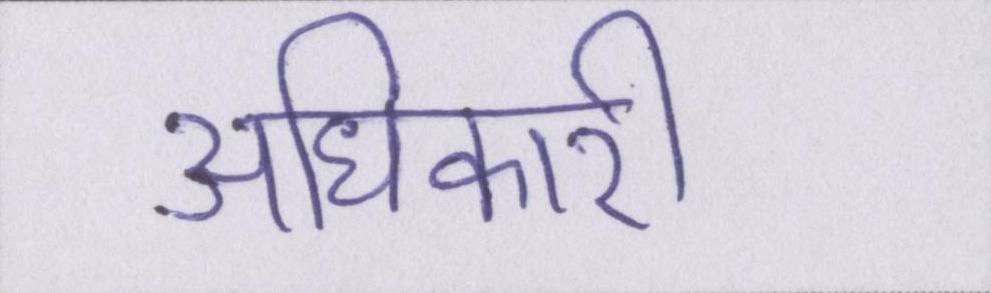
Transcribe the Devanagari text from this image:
अधिकारी